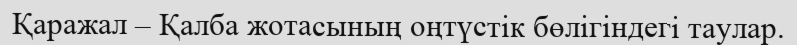
Қаражал – Қалба жотасының оңтүстік бөлігіндегі таулар.